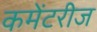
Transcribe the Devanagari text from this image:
कमेंटरीज